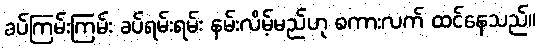
ခပ်ကြမ်းကြမ်း ခပ်ရမ်းရမ်း နမ်းလိမ့်မည်ဟု စကားလက် ထင်နေသည်။